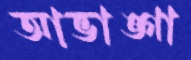
আভাঙ্গা